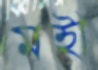
মহী